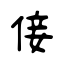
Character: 倿